Report on the administration of the Government Cinchona Department 1892-98
Year: 1892
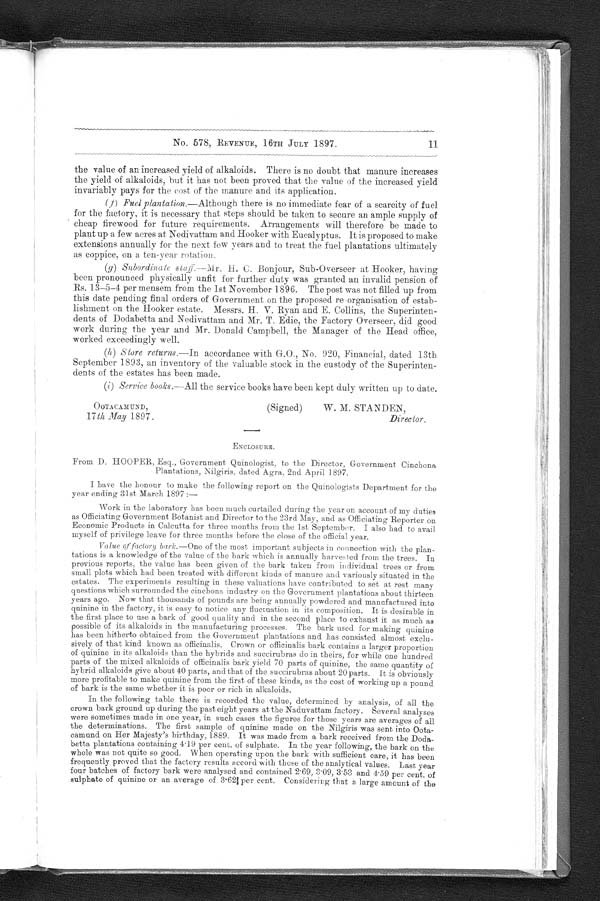
OOTACAMUND,
17th May 1897.
(Signed)
W. M. STANDEN,
Director.
11
No. 578, REVENUE, 16TH JULY 1897.
the value of an increased yield of alkaloids. There is no doubt that manure increases
the yield of alkaloids, but it has not been proved that the value of the increased
yield invariably pays for the cost of the manure and its application.
(f) Fuel plantation.—Although there is no immediate fear of a scarcity of fuel
for the factory, it is necessary that steps should be taken to secure an ample supply of
cheap firewood for future requirements. Arrangements will therefore be made to
plant up a few acres at Nedivattam and Hooker with Eucalyptus. It is proposed to make
extensions annually for the next few years and to treat the fuel plantations ultimately
as coppice, on a ten-year rotation.
(g) Subordinate staff.—Mr. H. C. Bonjour, Sub-Overseer at Hooker, having
been pronounced physically unfit for further duty was granted an invalid pension of
Rs. 13-5-4 per mensem from the 1st November 1896. The post was not filled up from
this date pending final orders of Government on the proposed re-organisation of estab-
lishment on the Hooker estate. Messrs. H. V. Ryan and E. Collins, the Superinten-
dents of Dodabetta and Nedivattam and Mr. T. Edie, the Factory Overseer, did good
work during the year and Mr. Donald Campbell, the Manager of the Head office,
worked exceedingly well.
(h) Store returns.—In accordance with G.O., No. 920, Financial, dated 13th
September 1893, an inventory of the valuable stock in the custody of the Superinten-
dents of the estates has been made.
(l) Service boobs.— All the service books have been kept duly written up to date.
ENCLOSURE.
From D. HOOPER, Esq., Government, Quinologist, to the Director, Government Cinchona
Plantations, Nilgiris, dated Agra, 2nd April 1897.
I have the honour to make the following report on the Quinologists Department for the
year ending 31st March 1897 :
—
Work in the laboratory has been much curtailed during the year on account of my duties
as Officiating Government Botanist and Director to the 23rd May, and as Officiating Reporter on
Economic Products in Calcutta for three months from the 1st September. I also had to avail
myself of privilege leave for three months before the close of the official year.
Value of factory bark. —One of the most important subjects in connection with the plan-
tations is a knowledge of the value of the bark which is annually harvested from the trees. In
previous reports. the value has been given of the bark taken from individual trees or from
small plots which had been treated with different kinds of manure and variously situated in the
estates. The experiments resulting in these valuations have contributed to set at rest many
questions which surrounded the cinchona industry on the Government plantations about thirteen
years ago. Now that thousands of pounds are being annually powdered and manufactured into
quinine in the factory, it is easy to notice any fluctuation in its composition. It is desirable in
the first place to use a bark of good quality and in the second place to exhaust it as much as
possible of its alkaloids in the manufacturing processes. The bark used for making quinine
has been hitherto obtained from the Government plantations and has consisted almost exclu-
sively of that kind known as officinalis. Crown or officinalis bark contains a larger proportion
of quinine in its alkaloids than the hybrids and succirubras do in theirs, for while one hundred
parts of the mixed alkaloids of officinalis bark yield 70 parts of quinine, the same quantity of
hybrid alkaloids give about 40 parts, and that of the succirubras about 20 parts. It is obviously
more profitable to make quinine from the first of these kinds, as the cost of working up a pound
of bark is the same whether it is poor or rich in alkaloids.
In the following table there is recorded the value, determined by analysis, of all the
crown bark ground up during the past eight years at the Naduvattam factory. Several analyses
were sometimes made in one year, in such cases the figures for those years are averages of all
the determinations. The first sample of quinine made on the Nilgiris was sent into Oota-
camund on Her Majesty's birthday, 1889. It was made from a bark received from the Doda-
betta plantations containing 4 . 19 per cent. of sulphate. In the year following, the bark on the
whole was not quite so good. When operating upon the bark with sufficient care, it has been
frequently proved that the factory results accord with those of the analytical values. Last year
four batches of factory bark were analysed and contained 2 . 69, 3.09, 3.53 and 4.59 per cent. of
sulphate of quinine or an average of 3.62 1/3 per cent. Considering that a large amount of the